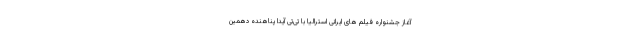
آغاز جشنواره فیلم های ایرانی استرالیا با تی‌تی آیدا پناهنده دهمین